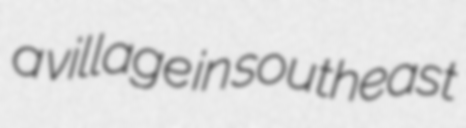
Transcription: a village in southeast